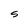
Character: S